Report on the working of the Ranchi Indian Mental Hospital, Kanke, in Bihar and Orissa - 1930-1940
Year: 1930
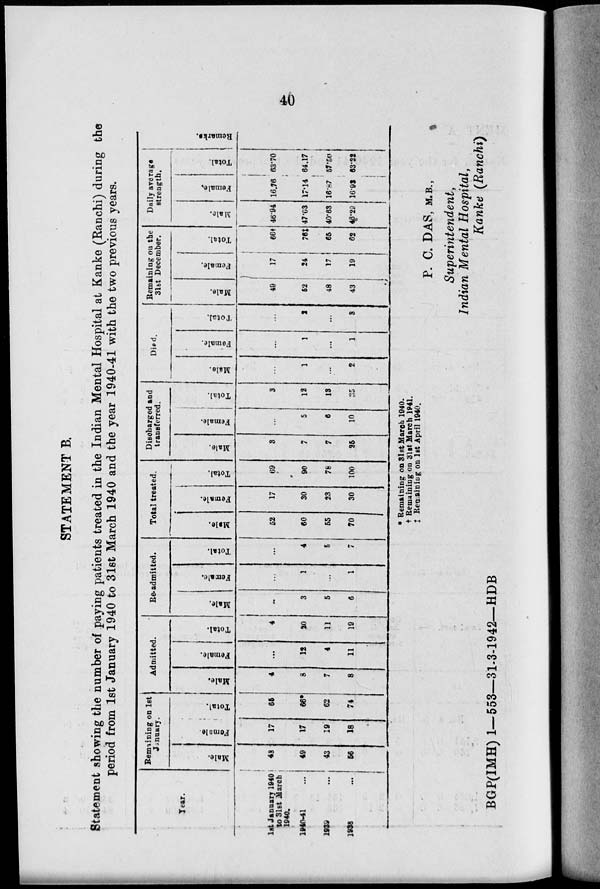
40
STATEMENT B.
Statement showing the number of paying patients treated in the Indian Mental Hospital at Kanke (Ranchi) during the
period from 1st January 1940 to 31st March 1940 and the year 1940-41 with the two previous years.
Year.
1st January 1940
to 31st March
1940.
1940-41 ...
1939 ...
1938
...
Remaining on 1st
January.
Male.
43
49
43
56
Female.
17
17
19
18
Total.
65
66*
62
74
Admitted.
Male.
4
8
7
8
Female.
. ..
12
4
11
Total.
4
20
11
19
Re-admitted.
Male.
...
3
5
6
Female.
...
1
...
1
Total.
...
4
5
7
Total treated.
Male.
52
60
55
70
Female.
17
30
23
30
Total.
69
90
78
100
Discharged and
transferred.
Male.
3
7
7
25
Female.
...
5
6
10
Total.
3
12
13
35
Died.
Male.
...
1
...
2
Female.
...
1
...
1
Total.
...
2
...
3
Remaining on the
31st December.
Male.
49
62
48
43
Female.
17
24
17
19
Total.
66†
76‡
65
62
Daily average
strength.
Male.
46.94
47.03
40.63
46.29
Females.
16.76
17.14
16.87
16.92
Total.
63.70
64.17
57.50
63.22
Remarks.
* Remaining on 31st March 1940.
† Remaining on 31st March 1941.
‡ Remaining on 1st April 1940.
P. C. DAS, M.B.,
Superintendent,
Indian Menial Hospital,
Kanke (Ranchi)
BGP ( IMH) 1—553—31-3-1942—HDB